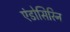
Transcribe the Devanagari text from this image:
एंडोसिरिन